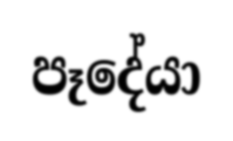
පෑදේයා